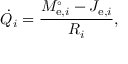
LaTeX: { \dot { Q _ { i } } } = { \frac { M _ { \mathrm { e } , i } ^ { \circ } - J _ { \mathrm { e } , i } } { R _ { i } } } ,